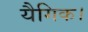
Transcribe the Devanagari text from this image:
यैगिक।